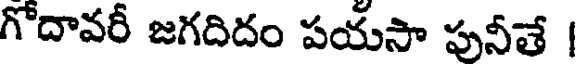
గోదావరీ జగదిదం పయసా పునీతే